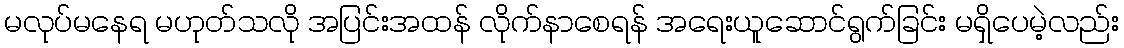
မလုပ်မနေရ မဟုတ်သလို အပြင်းအထန် လိုက်နာစေရန် အရေးယူဆောင်ရွက်ခြင်း မရှိပေမဲ့လည်း